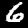
Digit: 6